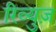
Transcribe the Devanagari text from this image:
रिव्युज़